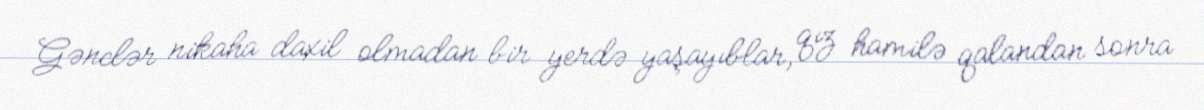
Gənclər nikaha daxil olmadan bir yerdə yaşayıblar, qız hamilə qalandan sonra